Annual report of the Civil Veterinary Department, Bengal, and of the Bengal Veterinary College, for the year 1902-1903 - 1902-1903
Year: 1902
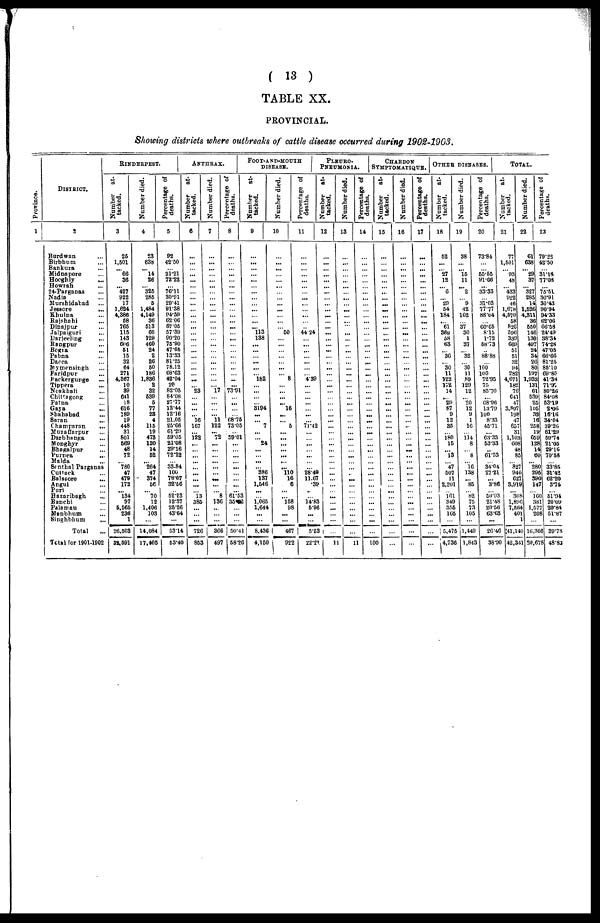
( 13 )
TABLE XX.
PROVINCIAL.
Showing districts where outbreaks of cattle disease occurred during 1902-1903.
Province.
1
DISTRICT.
2
Burdwan ...
Birbhum ...
Bankura ...
Midnapore ...
Hooghly
...
Howrah
...
24-Parganas ...
Nadia ...
Murshidabad ...
Jessore
...
Khulna ...
Rajshahi ...
Dinajpur ...
Jalpaiguri ...
Darjeeling ...
Rangpur ...
Bogia ...
Pabna ...
Dacca ...
Mymensingh ...
Faridpur ...
Packergunge ...
Tippera ...
Neakhali ...
Chittagong ...
Patna ...
Gaya ...
Shahabad ...
Saran ...
Champaran
...
Muzaffarpur ...
Darbhanga ...
Mongbyr ...
Bhagalpur ...
Purnea ...
Malda ...
Senthal Parganas
Cuttack ...
Balasore
...
Angul ...
Puri ...
Hazaribagh ...
Ranchi ...
Palamau ...
Manbhum ...
Singhbhum ...
Total
Total for 1901-1902
RINDERPEST.
Number
at-
tacked.
3
25
1,501
... 66
36
427
922
17
1,624
4,386
58
765
115
143
606
51
15
32
64
271
4,367
10
89
641
18
616
189
19
448
31
801
569
48
72
... 780
47
479
172
134
97
5,565
236
1
26,503
32,591
Number died.
4
23
638
... 14
26
325
285
5
1,484
4,149
36
513
66
129
460
24
2
26
50
186
1,836
2
32
539
5
77
23
4
115
19
473
120
14
52
... 264
47
374
56
70
12
1,406
103
...
14,084
17,405
Percentage of
deaths.
5
92
42.50
... 21.21
7222
76.11
30.91
29.41
91.38
94.59
62.06
67.05
57.39
90.20
75.90
47.06
13.33
81.25
78.12
68'63
42.04
20
82.05
84.08
27.77
12.44
12.16
21.05
25.66
61.29
59.05
21.08
29.16
72.22
... 33.84
10c
78.07
32.56
52.23
12.37
25.26
43.64
...
53.14
53.40
ANTHRAX
Number
at-
tacked.
6
...
...
...
...
...
:::
...
...
...
...
...
...
...
...
...
...
...
...
...
...
...
... 23
...
...
...
... 16
167
122
...
...
...
...
...
... ...
13
385
...
...
726
853
Number died.
7
...
...
...
...
....
:::
...
...
...
...
...
...
...
...
...
...
...
...
...
...
...
... 17
...
...
...
... 11
122
... 72
...
...
...
...
...
...
...
...
8
136
...
...
...
366
497
Percentage of
deaths.
8
...
...
...
...
...
:::
...
...
...
...
...
...
...
...
...
...
:::
...
...
...
...
...
73.91
...
...
...
... 68.75
73.05
... 59.01
...
... ...
...
...
...
...
...
61.53
35.2
...
...
...
50.41
58.26
FOOT-AND-MOUTH
DISEASE.
Number
at-
tacked.
9
...
...
...
...
...
:::
...
...
...
... ...
... 113
138
...
...
... ...
...
... 182
... ...
...
... 3194
... ... 7
...
... 24
...
...
... 386
137
1,546
...
1,065
1,644
...
...
8,436
4,150
Number died.
10
...
...
...
...
...
:::
...
...
...
...
...
... 50
...
...
...
...
... ...
... 8
...
...
... 16
...
... 5
...
...
...
... ...
...
... 110
16
6
...
158
98
...
...
467
922
Percentage of
deaths.
11
...
...
...
...
...
:::
...
...
...
...
...
... 44.24
...
...
...
...
...
...
... 4.89
...
...
...
...
...
...
... 71.42
...
... ...
... ...
...
... 28.49
11.67
.39
...
14.83
596
...
...
5.53
22.21
PLEURO-
PNEUMONIA.
Number
at-
tacked.
12
...
...
...
...
:::
...
...
...
...
...
...
...
...
...
...
...
...
...
...
...
...
...
...
...
...
...
...
...
...
... ...
...
...
...
... ...
... ...
...
... ...
...
...
...
11
Number died.
13
...
...
...
...
:::
...
...
...
...
...
... ...
...
...
...
...
...
...
...
...
...
...
...
...
...
...
...
...
... ...
...
...
...
...
...
...
...
...
::.
...
...
...
...
11
CHARBON
SYMPTOMATIQUE.
Percentage of
deaths.
14
...
...
...
...
...
:::
....
...
...
...
...
...
...
...
...
...
...
..
...
....
...
...
...
...
...
...
...
...
...
...
...
...
...
......
...
...
...
...
...
...
...
...
... ...
...
100
Number
at-
tacked.
15
...
...
...
...
...
:::
...
...
...
... ...
...
...
...
...
...
...
...
...
...
...
...
...
...
...
...
...
...
...
...
... ...
...
...
...
...
...
...
...
...
...
...
...
...
Number died.
16
...
...
...
...
...
:::
...
...
...
...
...
...
...
...
...
...
...
...
...
...
...
...
...
...
...
...
...
...
...
...
...
...
...
...
... ...
...
...
...
...
...
...
...
...
...
...
Percentage of
deaths.
17
...
...
...
...
...
:::
...
... ...
...
...
...
...
...
...
...
...
...
...
...
...
...
...
...
...
...
...
...
...
...
...
...
... ...
...
... ...
...
...
...
...
...
...
...
...
...
OTHER DISEASES.
Number
at-
tacked.
18
52
...
... 27
12
6
... 29
54
184
... 61
368
58
63
36
30
11
122
172
14
... 29
87
9
12
35
180
15
... 13
"47
507
11
2,201
161
349
355
165
...
5,475
4,736
Number died.
19
38
...
... l5
11
2
... 9
42
162
37
30
1
37
32
"30
11
89
129
12
20
12
9
1
16
114
8
8
"16
138
... 85
"82
75
73
105
...
1,449
1,843
Percentage of
deaths.
20
73.84
...
... 55.55
91.66
33.33
31.03
77.77
88.04
60.65
8.15
1.72
58.73
88.88
100
100
72.95
75
85.70
...
68.96
13.79
100
8.33
45.71
...
63.33
53.33
61.53
...
34.04
27.21
... 3.86
50.93
21.48
20.56
63.63
...
26.46
J
38.90
TOTAL.
Number attacked.
21
77
1501
... 93
48
"433
922
46
1,678
4,570
58
82C
590
339
669
51
51
32
94
282
4,671
182
76
C41
47
3,897
198
47
657
31
1,103
608
48
85
"827
940
627
3,919
"308
1,896
7,564
401
1
41,140
42,341
Number died.
22
61
638
... 29
37
"327
285
14
1,526
4,311
36
550
146
130
497
24
34
26
80
197
1,933
131
61
539
25
105
32
16
258
19
659
128
14
60
... 280
29E
390
147
160
38
1,57
20
...
10,36
20,67
Percentage
of
deaths.
23
79.22
42.50
...
31.18 77.08
75.51
30.91
30.43
90.94
94.33
62.06
66.58
24.49
38.34
74.28
47.05
66.66
81.25
85.10
69.85
41.38
71.97
80.26
84.08
53.19
2.06
16.16
34.04
39.26
61.29
59.74
21.05
29.16
70.58
33.85
31.42
62.20
3.75
51.94
20.09
7 20.84
3 51.87
...
6 39.78
8 48.83